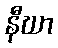
နီဃာ